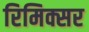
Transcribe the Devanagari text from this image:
रिमिक्सर